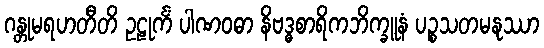
ဂန္တုမရဟတီတိ ဥဠုင်္ကံ ပါဏဝဓာ နိဗဒ္ဓစာရိကဘိက္ခူနံ ပဉ္စသတမနုဿာ